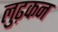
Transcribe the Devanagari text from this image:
लुढ़कन